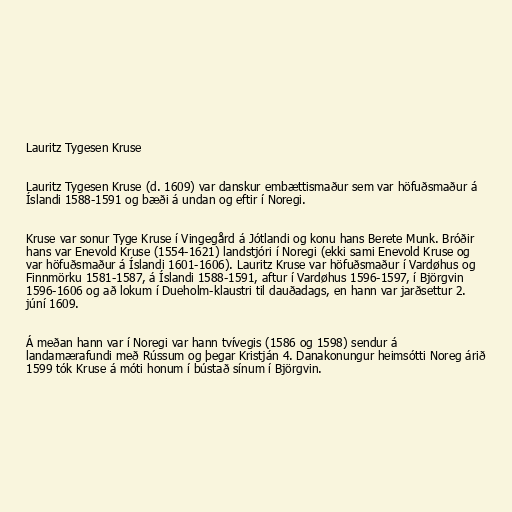
Lauritz Tygesen Kruse

Lauritz Tygesen Kruse (d. 1609) var danskur embættismaður sem var höfuðsmaður á
Íslandi 1588-1591 og bæði á undan og eftir í Noregi.

Kruse var sonur Tyge Kruse í Vingegård á Jótlandi og konu hans Berete Munk. Bróðir
hans var Enevold Kruse (1554-1621) landstjóri í Noregi (ekki sami Enevold Kruse og
var höfuðsmaður á Íslandi 1601-1606). Lauritz Kruse var höfuðsmaður í Vardøhus og
Finnmörku 1581-1587, á Íslandi 1588-1591, aftur í Vardøhus 1596-1597, í Björgvin
1596-1606 og að lokum í Dueholm-klaustri til dauðadags, en hann var jarðsettur 2.
júní 1609.

Á meðan hann var í Noregi var hann tvívegis (1586 og 1598) sendur á
landamærafundi með Rússum og þegar Kristján 4. Danakonungur heimsótti Noreg árið
1599 tók Kruse á móti honum í bústað sínum í Björgvin.